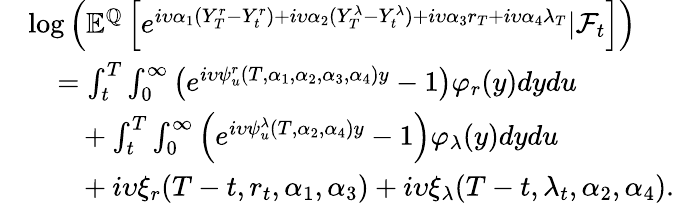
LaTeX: \begin{array}{rl}&{\log\left({\mathbb E}^{{\mathbb Q}}\left[e^{i\upsilon\alpha_{1}(Y_{T}^{r}-Y_{t}^{r})+i\upsilon\alpha_{2}(Y_{T}^{\lambda}-Y_{t}^{\lambda})+i\upsilon\alpha_{3}r_{T}+i\upsilon\alpha_{4}\lambda_{T}}|{\mathcal F}_{t}\right]\right)}\\ &{\ \ \ =\int_{t}^{T}\int_{0}^{\infty}\left(e^{i\upsilon\psi_{u}^{r}(T,\alpha_{1},\alpha_{2},\alpha_{3},\alpha_{4})y}-1\right)\varphi_{r}(y)dydu}\\ &{\ \ \ \ \ \ \ +\int_{t}^{T}\int_{0}^{\infty}\left(e^{i\upsilon\psi_{u}^{\lambda}(T,\alpha_{2},\alpha_{4})y}-1\right)\varphi_{\lambda}(y)dydu}\\ &{\ \ \ \ \ \ \ +i\upsilon\xi_{r}(T-t,r_{t},\alpha_{1},\alpha_{3})+i\upsilon\xi_{\lambda}(T-t,\lambda_{t},\alpha_{2},\alpha_{4}).}\end{array}